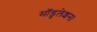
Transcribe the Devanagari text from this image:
मॉडुलेशन।